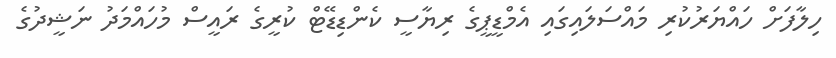
ހިލާފަށް ހައްޔަރުކުރި މައްސަލަައިގައި އެމްޑީޕީގެ ރިޔާސީ ކެންޑިޑޭޓް ކުރީގެ ރައީސް މުހައްމަދު ނަޝީދުގެ